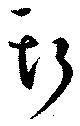
斯